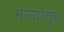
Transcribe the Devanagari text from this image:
मान्योशूचे